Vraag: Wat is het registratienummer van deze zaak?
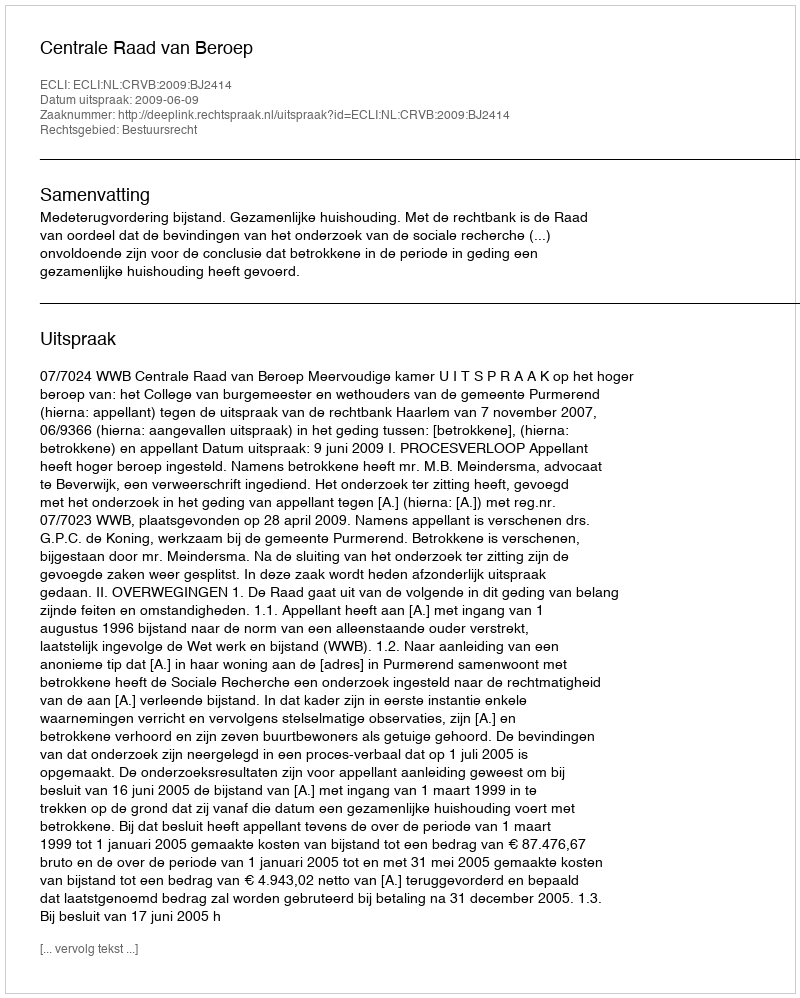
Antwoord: http://deeplink.rechtspraak.nl/uitspraak?id=ECLI:NL:CRVB:2009:BJ2414